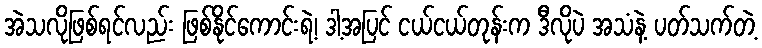
အဲသလိုဖြစ်ရင်လည်း ဖြစ်နိုင်ကောင်းရဲ့၊ ဒါ့အပြင် ငယ်ငယ်တုန်းက ဒီလိုပဲ အသံနဲ့ ပတ်သက်တဲ့